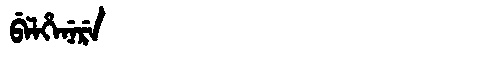
Manchu: ᠪᡝᠯᡥᡝᠨᡝᡵᡝ
Romanization: BELHENERE